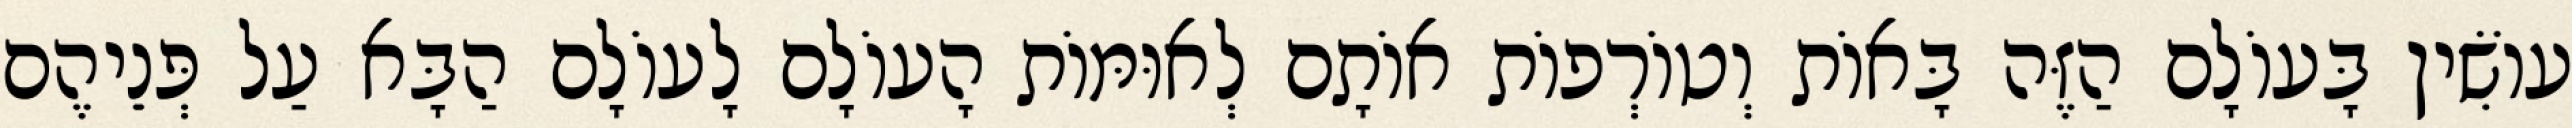
עוֹשִׂין בָּעוֹלָם הַזֶּה בָּאוֹת וְטוֹרְפוֹת אוֹתָם לְאוּמּוֹת הָעוֹלָם לָעוֹלָם הַבָּא עַל פְּנֵיהֶם